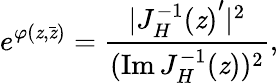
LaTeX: e^{\varphi(\mathit{z},\bar{{\mathit{z}}})}={\frac{{|{J_{H}^{-1}(\mathit{z})}^{\prime}|^{2}}}{{(\mathrm{{Im}}\, J_{H}^{-1}(\mathit{z}))^{2}}}},